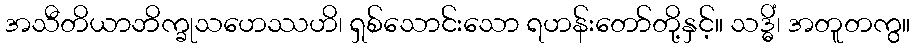
အသီတိယာဘိက္ခုသဟေဿဟိ၊ ရှစ်သောင်းသော ရဟန်းတော်တို့နှင့်။ သဒ္ဓိံ၊ အတူတကွ။